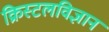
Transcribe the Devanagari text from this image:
क्रिस्टलविज्ञान